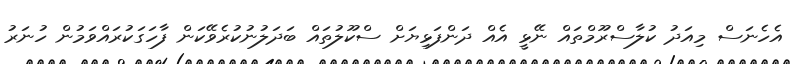
އެހެނަސް މިއަދު ކުލާސްރޫމްތައް ނޭޅީ އެއް ދަންފަޅިޔަށް ސްކޫލުތައް ބަދަލުނުކުރެވޭކަން ފާހަގަކުރައްވަމުން ހުނަރު